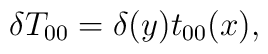
\delta T_{00} = \delta(y) t_{00}(x),